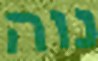
נוה